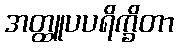
အတ္ထူပပရိက္ခိတာ